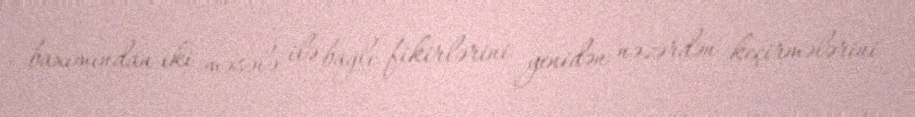
baxımından iki məsələ ilə bağlı fikirlərini yenidən nəzərdən keçirmələrini